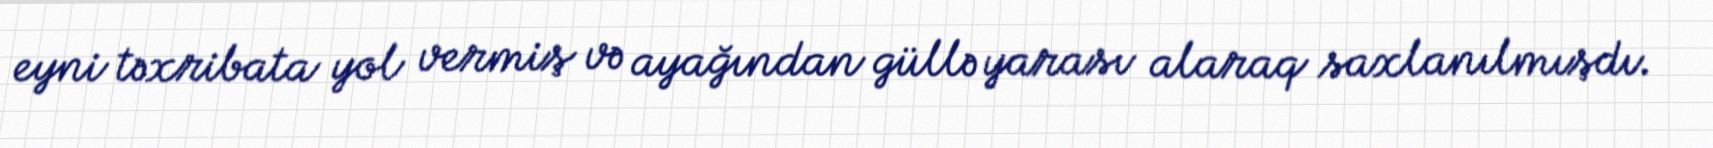
eyni təxribata yol vermiş və ayağından güllə yarası alaraq saxlanılmışdı.